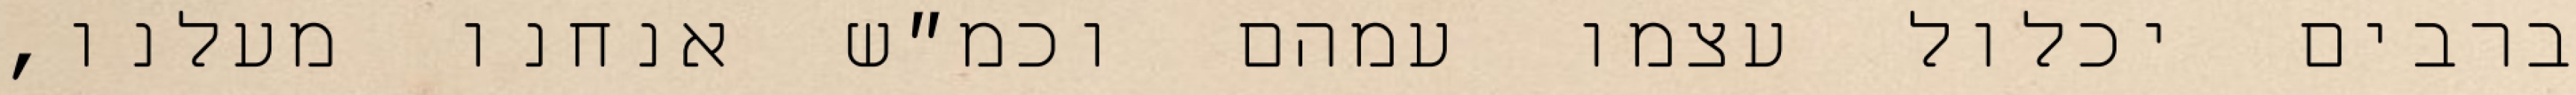
ברבים יכלול עצמו עמהם וכמ״ש אנחנו מעלנו,